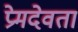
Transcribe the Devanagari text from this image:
प्रेमदेवता